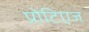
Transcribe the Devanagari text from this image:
प्रोटिएज